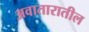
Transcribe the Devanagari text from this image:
अवातारातील